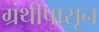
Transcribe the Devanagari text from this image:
ग्रंथीपासून